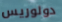
دولوريس